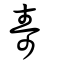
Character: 壽